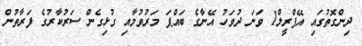
ދިންގޮތުގައި އޭޕްރީލް1 ވަނަ ދުވަހު އޭނާގެ ބައްޕަ މަރުވުމާއި ގުޅިގެން ސަރުކާރުގެ ފަރާތުން